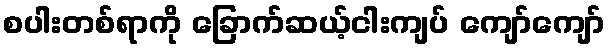
စပါးတစ်ရာကို ခြောက်ဆယ့်ငါးကျပ် ကျော်ကျော်